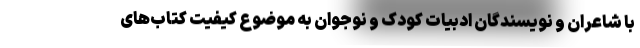
با شاعران و نویسندگان ادبیات کودک و نوجوان به موضوع کیفیت کتاب‌های